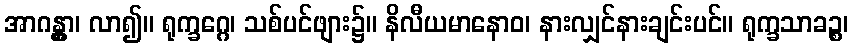
အာဂန္တွာ၊ လာ၍။ ရုက္ခဂ္ဂေ၊ သစ်ပင်ဖျား၌။ နိလီယမာနောဝ၊ နားလျှင်နားချင်းပင်။ ရုက္ခသာခဉ္စ၊